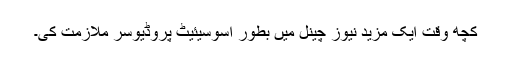
کچھ وقت ایک مزید نیوز چینل میں بطور اسوسیئیٹ پروڈیوسر ملازمت کی۔